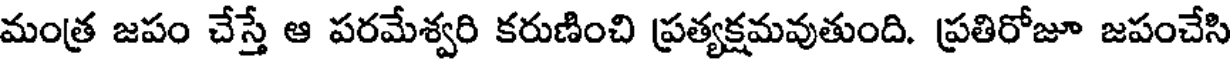
మంత్ర జపం చేస్తే ఆ పరమేశ్వరి కరుణించి ప్రత్యక్షమవుతుంది. ప్రతిరోజూ జపంచేసి